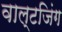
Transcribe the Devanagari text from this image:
वाल्टजिंग